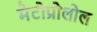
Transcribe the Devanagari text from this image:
मेटोप्रोलोल